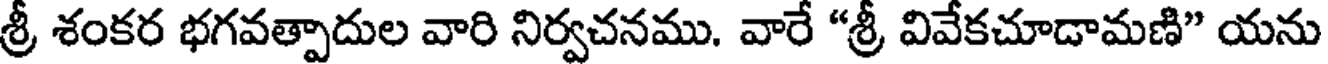
శ్రీ శంకర భగవత్పాదుల వారి నిర్వచనము. వారే "శ్రీ వివేకచూడామణి" యను